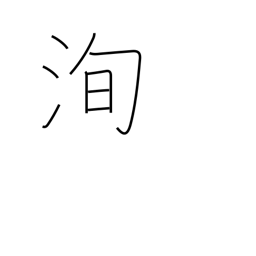
Meaning: truth